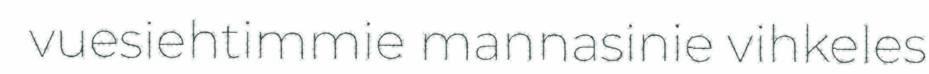
vuesiehtimmie mannasinie vihkeles